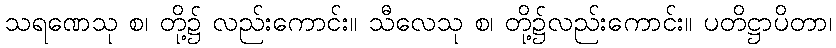
သရဏေသု စ၊ တို့၌ လည်းကောင်း။ သီလေသု စ၊ တို့၌လည်းကောင်း။ ပတိဋ္ဌာပိတာ၊